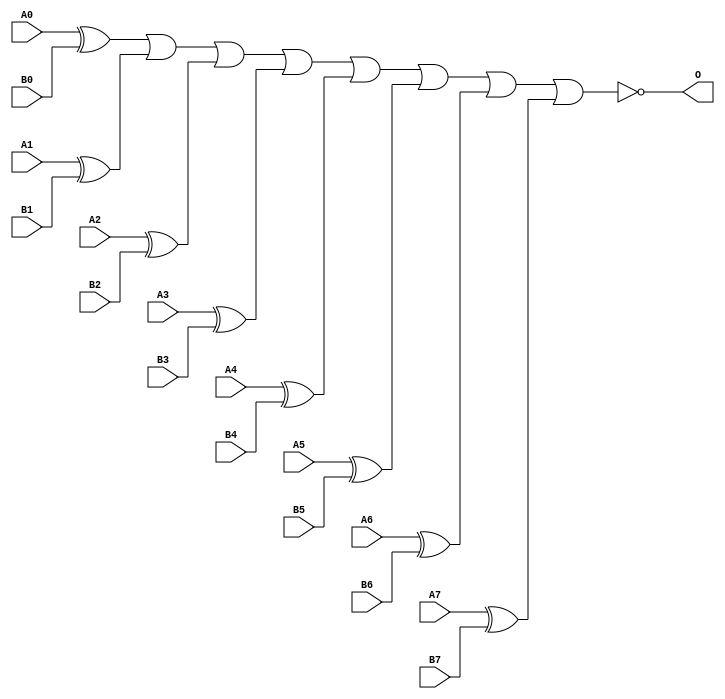
module ACOMP8A(A0, A1, A2, A3, A4, A5, A6, A7, B0, B1, B2, 
        B3, B4, B5, B6, B7, O);
input   A0;
input   A1;
input   A2;
input   A3;
input   A4;
input   A5;
input   A6;
input   A7;
input   B0;
input   B1;
input   B2;
input   B3;
input   B4;
input   B5;
input   B6;
input   B7;
output  O;
xor g0(w0, A0, B0);
xor g1(w3, A1, B1);
xor g2(w6, A2, B2);
xor g3(w9, A3, B3);
xor g4(w12, A4, B4);
xor g5(w15, A5, B5);
xor g6(w18, A6, B6);
xor g7(w21, A7, B7);
nor g8(O, w0, w3, w6, w9, w12, w15, w18, w21);
endmodule